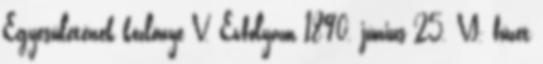
Egyesületének közlönye V. Évfolyam 1890. június 25. VI. füzet